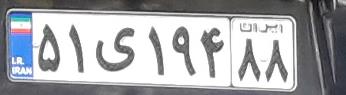
۵۱ی۱۹۴۸۸